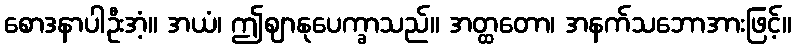
စောဒနာပါဦးအံ့။ အယံ၊ ဤဈာနုပေက္ခာသည်။ အတ္ထတော၊ အနက်သဘောအားဖြင့်။